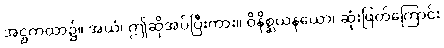
အဋ္ဌကထာ၌။ အယံ၊ ဤဆိုအပ်ပြီးကား။ ဝိနိစ္ဆယနယော၊ ဆုံးဖြတ်ကြောင်း